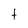
Character: t